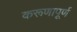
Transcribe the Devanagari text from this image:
करूणापूर्ण